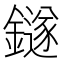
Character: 鐩